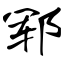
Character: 郓